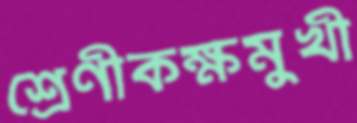
শ্রেণীকক্ষমুখী